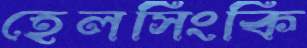
হেলসিংকি